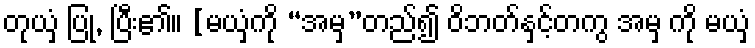
တုယှံ ပြု, ပြီး၏။ [မယှံကို “အမှ”တည်၍ ဝိဘတ်နှင့်တကွ အမှ ကို မယှံ